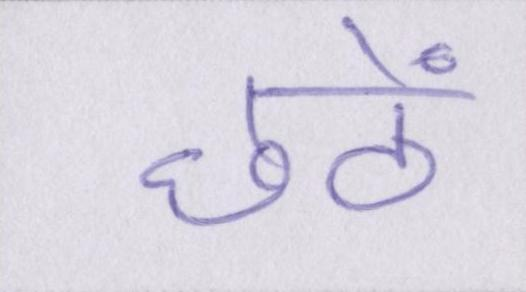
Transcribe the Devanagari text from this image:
छठें